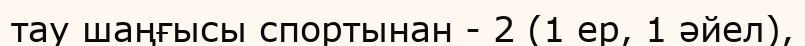
тау шаңғысы спортынан - 2 (1 ер, 1 әйел),